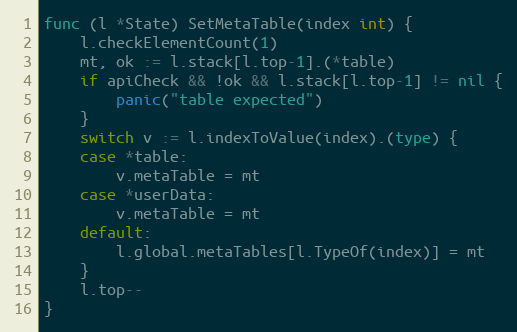
Language: Go
func (l *State) SetMetaTable(index int) {
	l.checkElementCount(1)
	mt, ok := l.stack[l.top-1].(*table)
	if apiCheck && !ok && l.stack[l.top-1] != nil {
		panic("table expected")
	}
	switch v := l.indexToValue(index).(type) {
	case *table:
		v.metaTable = mt
	case *userData:
		v.metaTable = mt
	default:
		l.global.metaTables[l.TypeOf(index)] = mt
	}
	l.top--
}